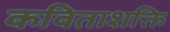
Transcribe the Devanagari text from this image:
कविताशक्ति